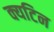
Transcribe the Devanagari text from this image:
क्यटिन